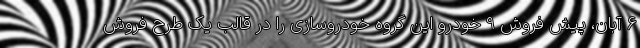
6 آبان، پیش فروش 9 خودرو این گروه خودروسازی را در قالب یک طرح فروش